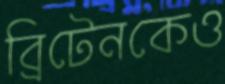
ব্রিটেনকেও